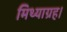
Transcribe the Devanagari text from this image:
मिथ्याग्रह।